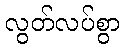
လွတ်လပ်စွာ